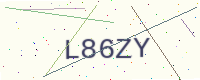
Text: L86ZY